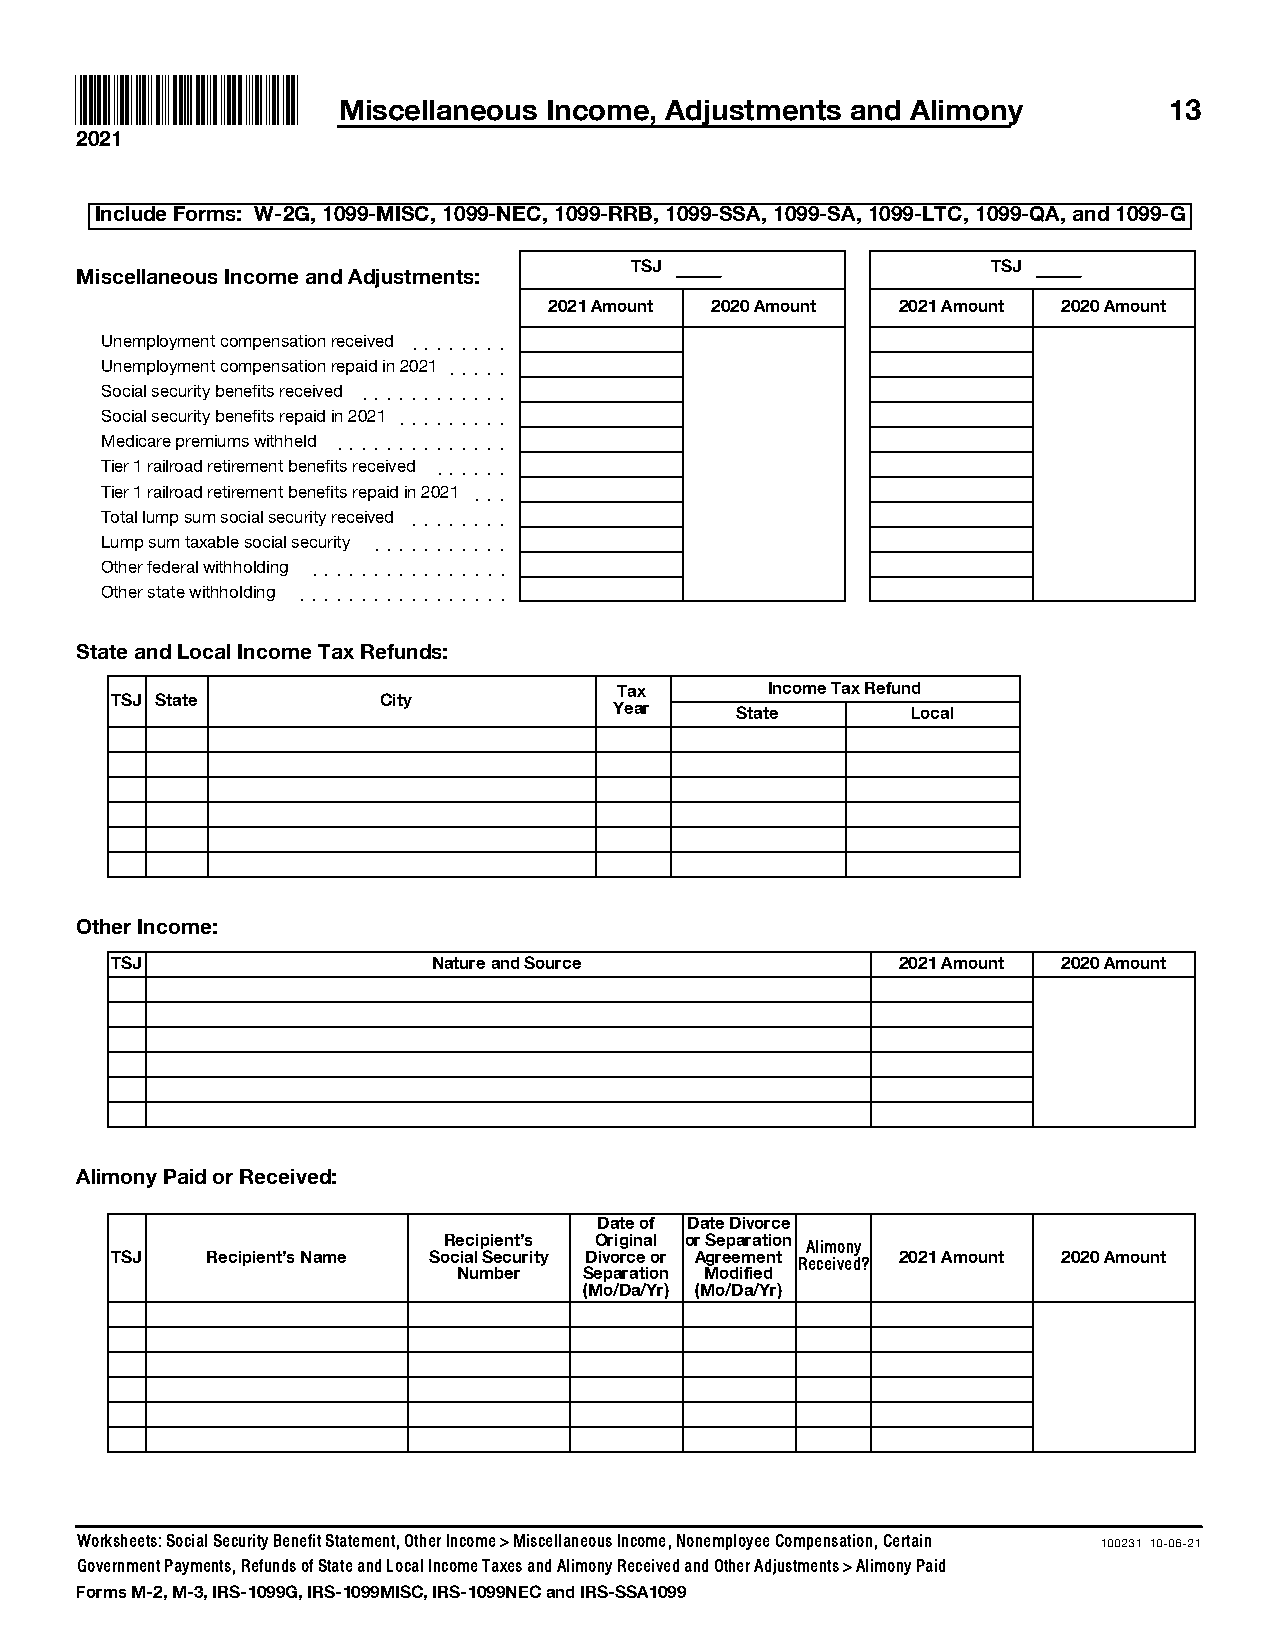
Miscellaneous Income, Adjustments and Alimony          13
 2021
 Include Forms: W-2G, 1099-MISC, 1099-NEC, 1099-RRB, 1099-SSA, 1099-SA, 1099-LTC, 1099-QA, and 1099-G
 TSJ                     TSJ
 Miscellaneous Income and Adjustments:
 2021 Amount 2020 Amount 2021 Amount 2020 Amount
 Unemployment compensation received ]]]]]]]]
 Unemployment compensation repaid in 2021 ]]]]]
 Social security benefits received ]]]]]]]]]]]]
 Social security benefits repaid in 2021 ]]]]]]]]]
 Medicare premiums withheld ]]]]]]]]]]]]]]
 Tier 1 railroad retirement benefits received ]]]]]]
 Tier 1 railroad retirement benefits repaid in 2021 ]]]
 Total lump sum social security received ]]]]]]]]
 Lump sum taxable social security ]]]]]]]]]]]
 Other federal withholding ]]]]]]]]]]]]]]]]
 Other state withholding ]]]]]]]]]]]]]]]]]
 State and Local Income Tax Refunds:
 Tax       Income Tax Refund
 TSJ State         City
 Year    State      Local
 Other Income:
 TSJ                   Nature and Source             2021 Amount 2020 Amount
 Alimony Paid or Received:
 Date of Date Divorce
 Recipient’s Original or Separation
 Alimony
 TSJ    Recipient’s Name Social Security Divorce or Agreement 2021 Amount 2020 Amount
 Received?
 Number   Separation Modified
 (Mo/Da/Yr) (Mo/Da/Yr)
 Worksheets: Social Security Benefit Statement, Other Income > Miscellaneous Income, Nonemployee Compensation, Certain 100231 10-06-21
 Government Payments, Refunds of State and Local Income Taxes and Alimony Received and Other Adjustments > Alimony Paid
 Forms M-2, M-3, IRS-1099G, IRS-1099MISC, IRS-1099NEC and IRS-SSA1099